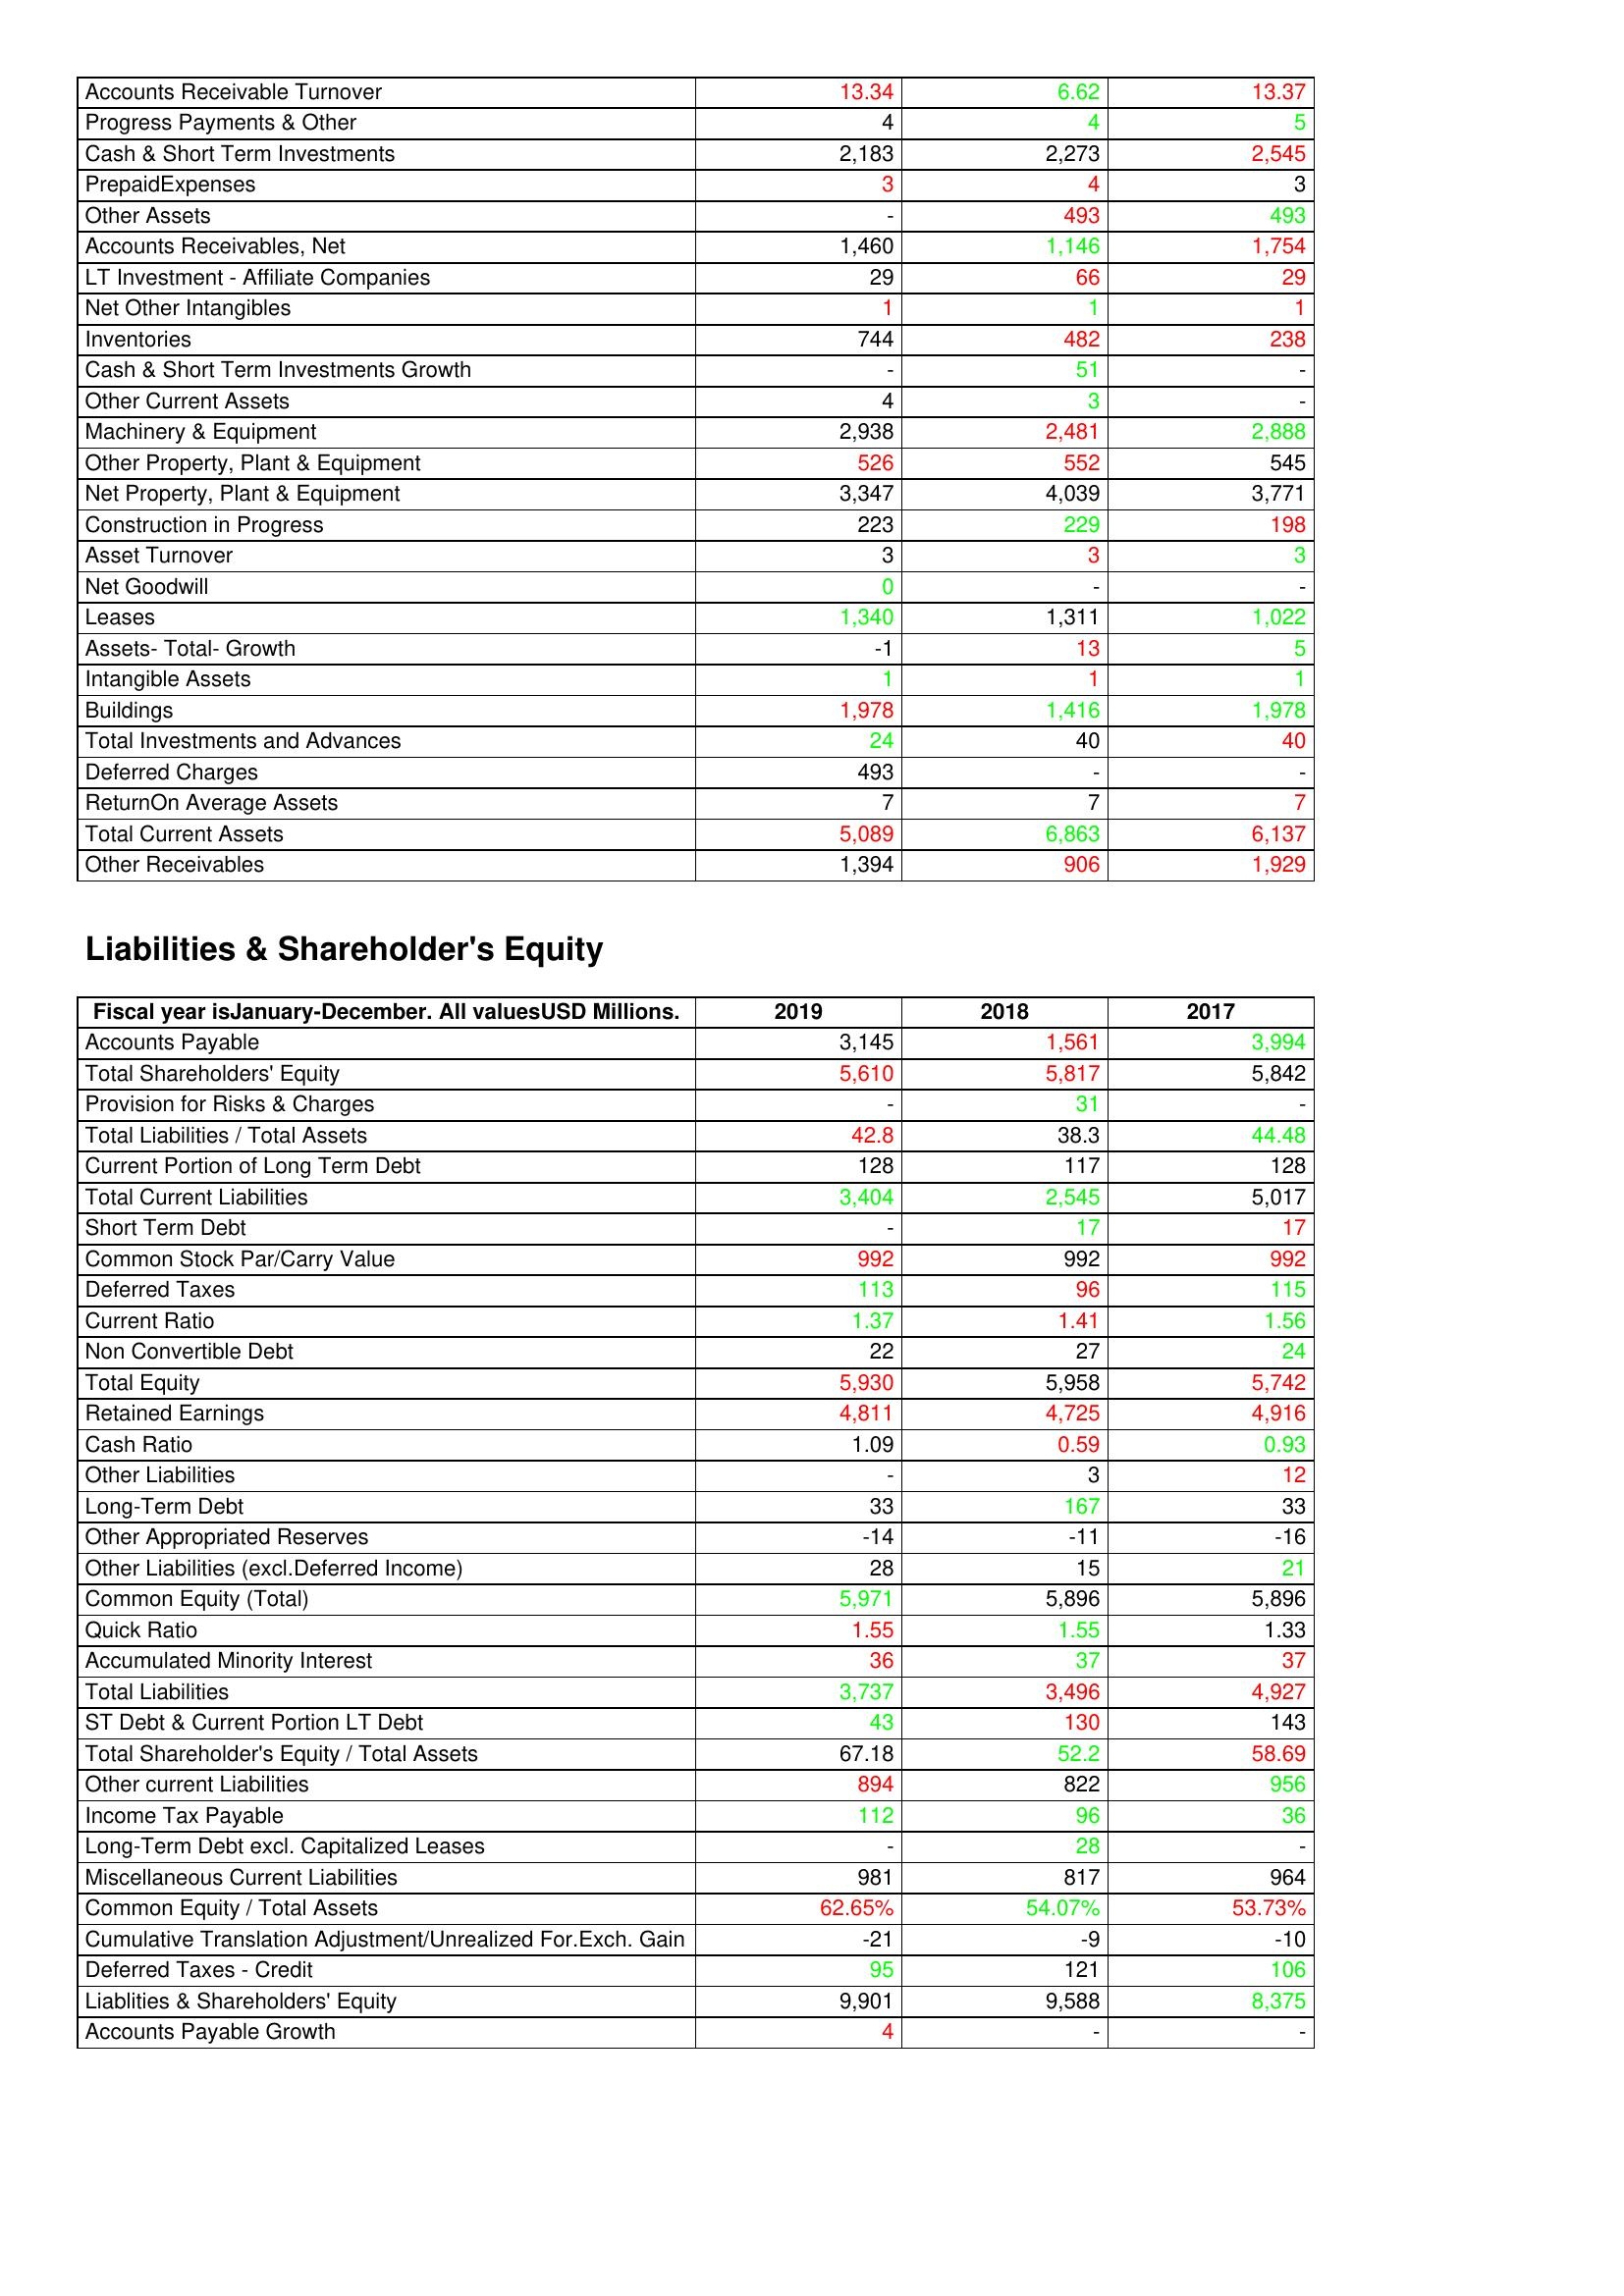
gt_parse: 2019: Assets: Accounts Receivable Turnover: 13.34
Progress Payments & Other: 4
Cash & Short Term Investments: 2,183
PrepaidExpenses: 3
Other Assets: -
Accounts Receivables, Net: 1,460
LT Investment - Affiliate Companies: 29
Net Other Intangibles: 1
Inventories: 744
Cash & Short Term Investments Growth: -
Other Current Assets: 4
Machinery & Equipment: 2,938
Other Property, Plant & Equipment: 526
Net Property, Plant & Equipment: 3,347
Construction in Progress: 223
Asset Turnover: 3
Net Goodwill: 0
Leases: 1,340
Assets- Total- Growth: -1
Intangible Assets: 1
Buildings: 1,978
Total Investments and Advances: 24
Deferred Charges: 493
ReturnOn Average Assets: 7
Total Current Assets: 5,089
Other Receivables: 1,394
Liabilities & Shareholder's Equity: Accounts Payable: 3,145
Total Shareholders' Equity: 5,610
Provision for Risks & Charges: -
Total Liabilities / Total Assets: 42.8
Current Portion of Long Term Debt: 128
Total Current Liabilities: 3,404
Short Term Debt: -
Common Stock Par/Carry Value: 992
Deferred Taxes: 113
Current Ratio: 1.37
Non Convertible Debt: 22
Total Equity: 5,930
Retained Earnings: 4,811
Cash Ratio: 1.09
Other Liabilities: -
Long-Term Debt: 33
Other Appropriated Reserves: -14
Other Liabilities (excl.Deferred Income): 28
Common Equity (Total): 5,971
Quick Ratio: 1.55
Accumulated Minority Interest: 36
Total Liabilities: 3,737
ST Debt & Current Portion LT Debt: 43
Total Shareholder's Equity / Total Assets: 67.18
Other current Liabilities: 894
Income Tax Payable: 112
Long-Term Debt excl. Capitalized Leases: -
Miscellaneous Current Liabilities: 981
Common Equity / Total Assets: 62.65%
Cumulative Translation Adjustment/Unrealized For.Exch. Gain: -21
Deferred Taxes - Credit: 95
Liablities & Shareholders' Equity: 9,901
Accounts Payable Growth: 4
2018: Assets: Accounts Receivable Turnover: 6.62
Progress Payments & Other: 4
Cash & Short Term Investments: 2,273
PrepaidExpenses: 4
Other Assets: 493
Accounts Receivables, Net: 1,146
LT Investment - Affiliate Companies: 66
Net Other Intangibles: 1
Inventories: 482
Cash & Short Term Investments Growth: 51
Other Current Assets: 3
Machinery & Equipment: 2,481
Other Property, Plant & Equipment: 552
Net Property, Plant & Equipment: 4,039
Construction in Progress: 229
Asset Turnover: 3
Net Goodwill: -
Leases: 1,311
Assets- Total- Growth: 13
Intangible Assets: 1
Buildings: 1,416
Total Investments and Advances: 40
Deferred Charges: -
ReturnOn Average Assets: 7
Total Current Assets: 6,863
Other Receivables: 906
Liabilities & Shareholder's Equity: Accounts Payable: 1,561
Total Shareholders' Equity: 5,817
Provision for Risks & Charges: 31
Total Liabilities / Total Assets: 38.3
Current Portion of Long Term Debt: 117
Total Current Liabilities: 2,545
Short Term Debt: 17
Common Stock Par/Carry Value: 992
Deferred Taxes: 96
Current Ratio: 1.41
Non Convertible Debt: 27
Total Equity: 5,958
Retained Earnings: 4,725
Cash Ratio: 0.59
Other Liabilities: 3
Long-Term Debt: 167
Other Appropriated Reserves: -11
Other Liabilities (excl.Deferred Income): 15
Common Equity (Total): 5,896
Quick Ratio: 1.55
Accumulated Minority Interest: 37
Total Liabilities: 3,496
ST Debt & Current Portion LT Debt: 130
Total Shareholder's Equity / Total Assets: 52.2
Other current Liabilities: 822
Income Tax Payable: 96
Long-Term Debt excl. Capitalized Leases: 28
Miscellaneous Current Liabilities: 817
Common Equity / Total Assets: 54.07%
Cumulative Translation Adjustment/Unrealized For.Exch. Gain: -9
Deferred Taxes - Credit: 121
Liablities & Shareholders' Equity: 9,588
Accounts Payable Growth: -
2017: Assets: Accounts Receivable Turnover: 13.37
Progress Payments & Other: 5
Cash & Short Term Investments: 2,545
PrepaidExpenses: 3
Other Assets: 493
Accounts Receivables, Net: 1,754
LT Investment - Affiliate Companies: 29
Net Other Intangibles: 1
Inventories: 238
Cash & Short Term Investments Growth: -
Other Current Assets: -
Machinery & Equipment: 2,888
Other Property, Plant & Equipment: 545
Net Property, Plant & Equipment: 3,771
Construction in Progress: 198
Asset Turnover: 3
Net Goodwill: -
Leases: 1,022
Assets- Total- Growth: 5
Intangible Assets: 1
Buildings: 1,978
Total Investments and Advances: 40
Deferred Charges: -
ReturnOn Average Assets: 7
Total Current Assets: 6,137
Other Receivables: 1,929
Liabilities & Shareholder's Equity: Accounts Payable: 3,994
Total Shareholders' Equity: 5,842
Provision for Risks & Charges: -
Total Liabilities / Total Assets: 44.48
Current Portion of Long Term Debt: 128
Total Current Liabilities: 5,017
Short Term Debt: 17
Common Stock Par/Carry Value: 992
Deferred Taxes: 115
Current Ratio: 1.56
Non Convertible Debt: 24
Total Equity: 5,742
Retained Earnings: 4,916
Cash Ratio: 0.93
Other Liabilities: 12
Long-Term Debt: 33
Other Appropriated Reserves: -16
Other Liabilities (excl.Deferred Income): 21
Common Equity (Total): 5,896
Quick Ratio: 1.33
Accumulated Minority Interest: 37
Total Liabilities: 4,927
ST Debt & Current Portion LT Debt: 143
Total Shareholder's Equity / Total Assets: 58.69
Other current Liabilities: 956
Income Tax Payable: 36
Long-Term Debt excl. Capitalized Leases: -
Miscellaneous Current Liabilities: 964
Common Equity / Total Assets: 53.73%
Cumulative Translation Adjustment/Unrealized For.Exch. Gain: -10
Deferred Taxes - Credit: 106
Liablities & Shareholders' Equity: 8,375
Accounts Payable Growth: -